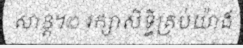
សាន្ត។© រក្សាសិទ្ធិគ្រប់យ៉ាង